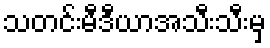
သတင်းမီဒီယာအသီးသီးမှ